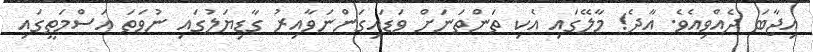
އިޖާބަ ދެއްވިއެވެ. އާދެ! މާލޭގައި އެކި ތަންތަނަށް ވަޑައިގަންނަވާއިރު ގާޑިޔަލުގައި ނުވަތަ އަސްމަތީގައި